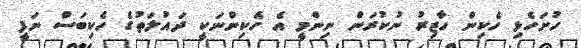
ހުށަހެޅި ހެކިން ހާޒިރު ނުކުރަން ނިންމީ އެ ހެކިންނަކީ ދައުލަތުގެ ހެކިބަސް ނަފީ